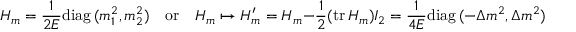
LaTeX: H _ { m } = \frac { 1 } { 2 E } \mathrm { d i a g \, } ( m _ { 1 } ^ { 2 } , m _ { 2 } ^ { 2 } ) \quad \mathrm { o r } \quad H _ { m } \mapsto H _ { m } ^ { \prime } = H _ { m } - \frac { 1 } { 2 } ( \mathrm { t r \, } H _ { m } ) I _ { 2 } = \frac { 1 } { 4 E } \mathrm { d i a g \, } ( - \Delta m ^ { 2 } , \Delta m ^ { 2 } ) ,